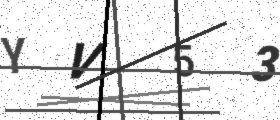
Text: YV53